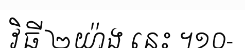
វិធី ២យ៉ាង នេះ ។១០-